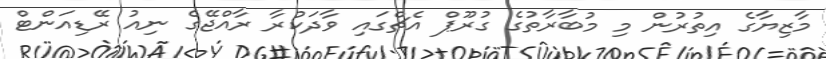
މާޒިޔާގެ އިތުރުން މި މުބާރާތުގެ ގުރޫޕް އެޗްގައި ވާދަކުރާ ރާއްޖޭގެ ނިއު ރޭޑިއަންޓް